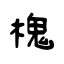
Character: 槐